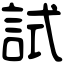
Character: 試